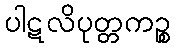
ပါဋလိပုတ္တကဉ္စ